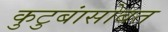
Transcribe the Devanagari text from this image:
कुटुबांसोबत